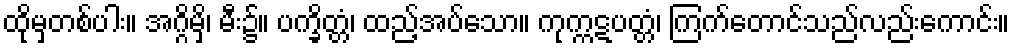
ထိုမှတစ်ပါး။ အဂ္ဂိမှိ၊ မီး၌။ ပက္ခိတ္တံ၊ ထည့်အပ်သော။ ကုက္ကဋပတ္တံ၊ ကြက်တောင်သည်လည်းကောင်း။